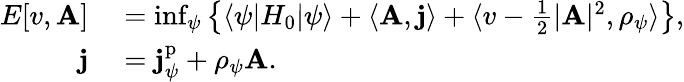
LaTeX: \begin{array}{rl}{E[v,\mathbf{A}]}&{{}=\operatorname*{inf}_{\psi}\left\{ \langle\psi|H_{0}|\psi\rangle+\langle\mathbf{A},\mathbf{j}\rangle+\langle v-\frac 12\vert\mathbf{A}\vert^{2},\rho_{\psi}\rangle\right\} ,}\\ {\mathbf{j}}&{{}=\mathbf{j}_{\psi}^{\mathrm{p}}+\rho_{\psi}\mathbf{A}.}\end{array}